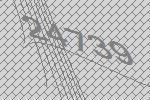
24739